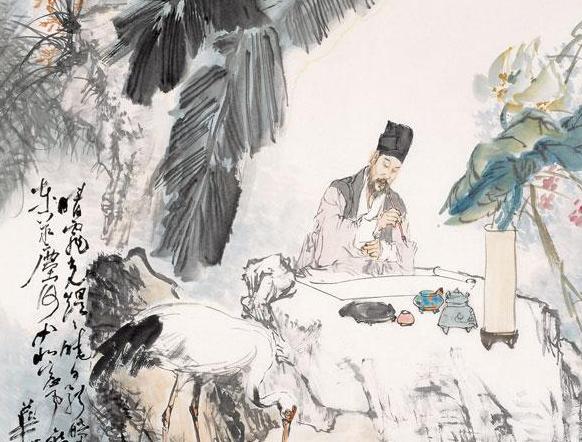
非我而当者，吾师也是我而当者吾友也谄谀我者，吾贼也。